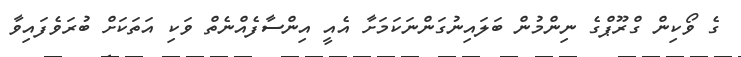
ގެ ވޯކިން ގްރޫޕްގެ ނިންމުން ބަލައިނުގަންނަކަމަށާ އެއީ އިންސާފެއްނެތް ވަކި އަތަކަށް ބުރަވެފައިވާ